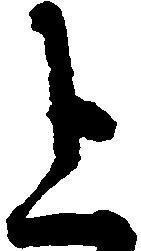
上